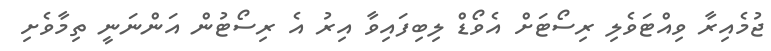
ޖުމެއިރާ ވިއްޓަވެލި ރިސޯޓަށް އެވޯޑް ލިބިފައިވާ އިރު އެ ރިސޯޓުން އަންނަނީ ތިމާވެށި